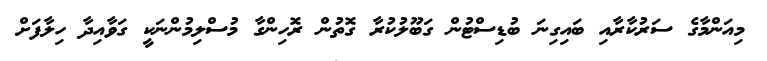
މިއަންމާގެ ސަރުކާރާއި ބައިގިނަ ބުޑިސްޓުން ގަބޫލުކުރާ ގޮތުން ރޮހިންގާ މުސްލިމުންނަކީ ގަވާއިދާ ހިލާފަށް